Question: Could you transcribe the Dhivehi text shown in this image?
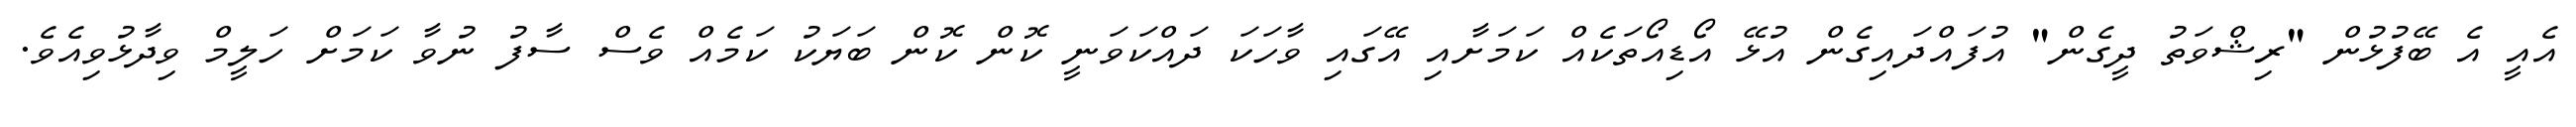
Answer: އެއީ އެ ބޭފުޅުން "ރިޝްވަތު ދީގެން" އުފައްދައިގެން އުޅޭ އޯޑިއޯތަކެއް ކަމަށާއި އޭގައި ވާހަކަ ދައްކަވަނީ ކޮން ކޮން ބަޔަކު ކަމެއް ވެސް ސާފު ނުވާ ކަމަށް ހަލީމް ވިދާޅުވިއެވެ.